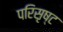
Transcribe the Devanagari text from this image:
परिसृष्ट